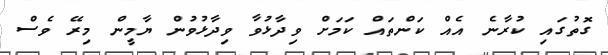
ގޮތުގައި ކުރާނެ އެއް ކަންތައް ކަމަށް ވިދާޅުވާ ވިދާޅުވުން ޔާމީން މިރޭ ވެސް